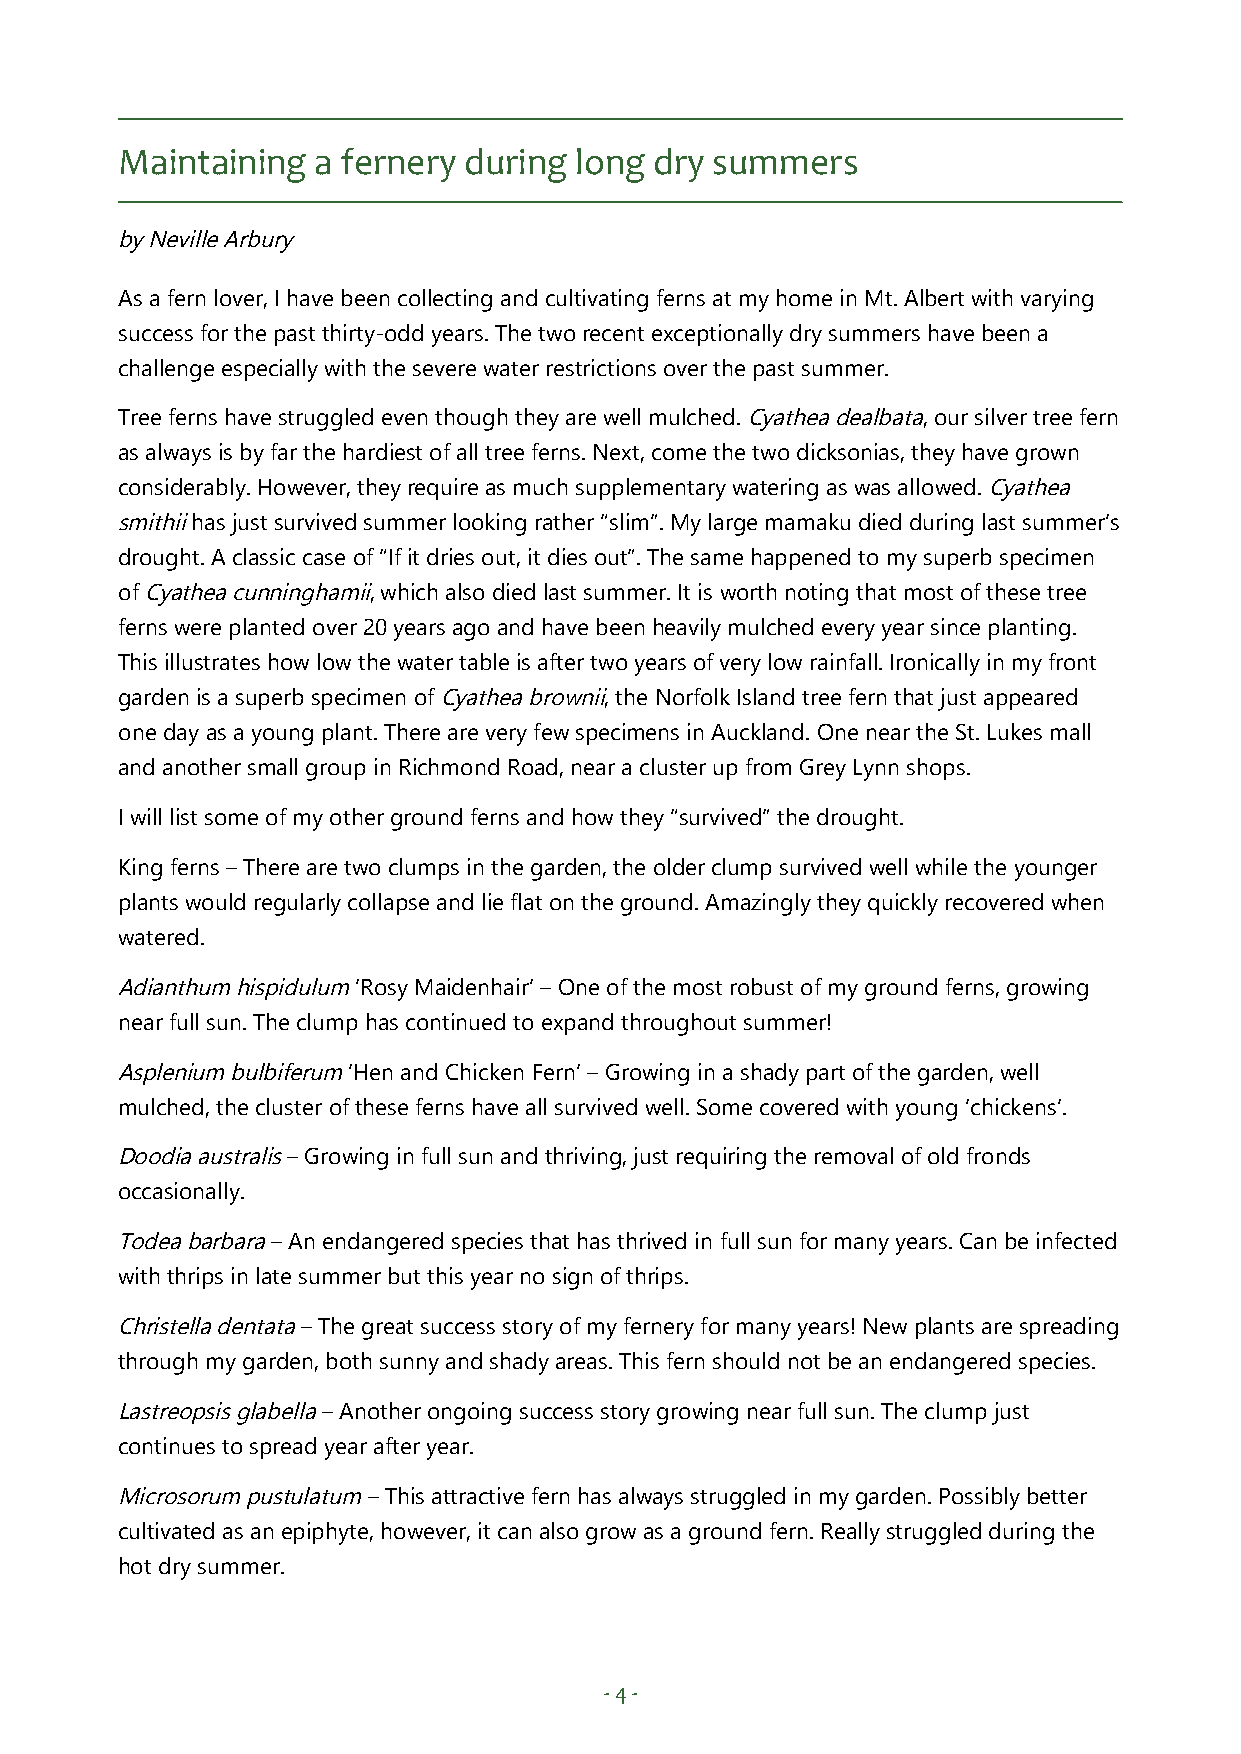
Maintaining  a fernery during long dry summers
 by Neville Arbury
 As a fern lover, I have been collecting and cultivating ferns at my home in Mt. Albert with varying
 success for the past thirty-odd years. The two recent exceptionally dry summers have been a
 challenge especially with the severe water restrictions over the past summer.
 Tree ferns have struggled even though they are well mulched. Cyathea dealbata, our silver tree fern
 as always is by far the hardiest of all tree ferns. Next, come the two dicksonias, they have grown
 considerably. However, they require as much supplementary watering as was allowed. Cyathea
 smithii has just survived summer looking rather “slim”. My large mamaku died during last summer’s
 drought. A classic case of “If it dries out, it dies out”. The same happened to my superb specimen
 of Cyathea cunninghamii, which also died last summer. It is worth noting that most of these tree
 ferns were planted over 20 years ago and have been heavily mulched every year since planting.
 This illustrates how low the water table is after two years of very low rainfall. Ironically in my front
 garden is a superb specimen of Cyathea brownii, the Norfolk Island tree fern that just appeared
 one day as a young plant. There are very few specimens in Auckland. One near the St. Lukes mall
 and another small group in Richmond Road, near a cluster up from Grey Lynn shops.
 I will list some of my other ground ferns and how they “survived” the drought.
 King ferns – There are two clumps in the garden, the older clump survived well while the younger
 plants would regularly collapse and lie flat on the ground. Amazingly they quickly recovered when
 watered.
 Adianthum hispidulum ‘Rosy Maidenhair’ – One of the most robust of my ground ferns, growing
 near full sun. The clump has continued to expand throughout summer!
 Asplenium bulbiferum ‘Hen and Chicken Fern’ – Growing in a shady part of the garden, well
 mulched, the cluster of these ferns have all survived well. Some covered with young ‘chickens’.
 Doodia australis – Growing in full sun and thriving, just requiring the removal of old fronds
 occasionally.
 Todea barbara – An endangered species that has thrived in full sun for many years. Can be infected
 with thrips in late summer but this year no sign of thrips.
 Christella dentata – The great success story of my fernery for many years! New plants are spreading
 through my garden, both sunny and shady areas. This fern should not be an endangered species.
 Lastreopsis glabella – Another ongoing success story growing near full sun. The clump just
 continues to spread year after year.
 Microsorum pustulatum – This attractive fern has always struggled in my garden. Possibly better
 cultivated as an epiphyte, however, it can also grow as a ground fern. Really struggled during the
 hot dry summer.
 - 4 -